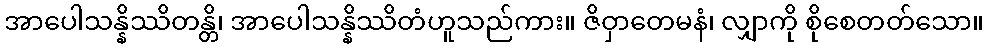
အာပေါသန္နိဿိတန္တိ၊ အာပေါသန္နိဿိတံဟူသည်ကား။ ဇိဝှာတေမနံ၊ လျှာကို စိုစေတတ်သော။